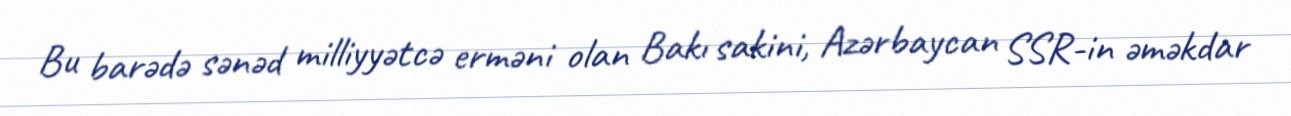
Bu barədə sənəd milliyyətcə erməni olan Bakı sakini, Azərbaycan SSR-in əməkdar